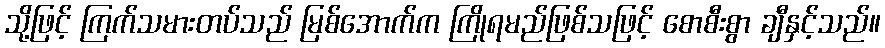
သို့ဖြင့် ကြက်သမားတပ်သည် မြစ်အောက်က ကြိုရမည်ဖြစ်သဖြင့် စောစီးစွာ ချီနှင့်သည်။